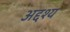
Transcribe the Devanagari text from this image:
अद्दश्य